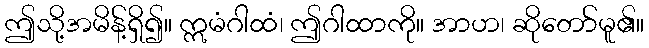
ဤသို့အမိန့်ရှိ၍။ ဣမံဂါထံ၊ ဤဂါထာကို။ အာဟ၊ ဆိုတော်မူ၏။